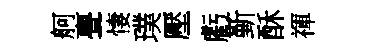
舸亹悽璞壓虧斳酥禈